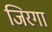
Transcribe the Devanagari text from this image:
जिरगा